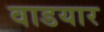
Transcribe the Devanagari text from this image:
वाडयार